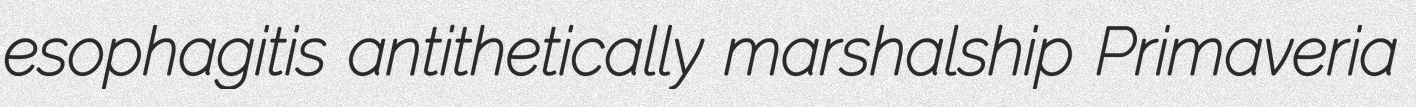
esophagitis antithetically marshalship Primaveria